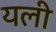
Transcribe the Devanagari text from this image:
यली